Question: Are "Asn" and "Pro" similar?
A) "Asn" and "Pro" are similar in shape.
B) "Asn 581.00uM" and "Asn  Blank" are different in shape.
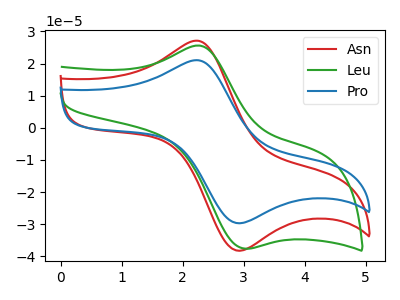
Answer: <think>The red curve "Asn" has an anodic peak at (2.25V, 27.05uA) and a cathodic peak at (2.90V, -38.25uA). The green curve "Leu" has an anodic peak at (2.25V, 25.60uA) and a cathodic peak at (3.00V, -37.60uA). The blue curve "Pro" has an anodic peak at (2.25V, 21.00uA) and a cathodic peak at (2.90V, -29.70uA).
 All the peaks in "Asn" have a peak in "Pro" at the same potential. Every peak in "Asn" is higher than every peak in "Pro".</think>
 <answer>A) "Asn" and "Pro" are similar in shape.</answer>
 <eval>A</eval>